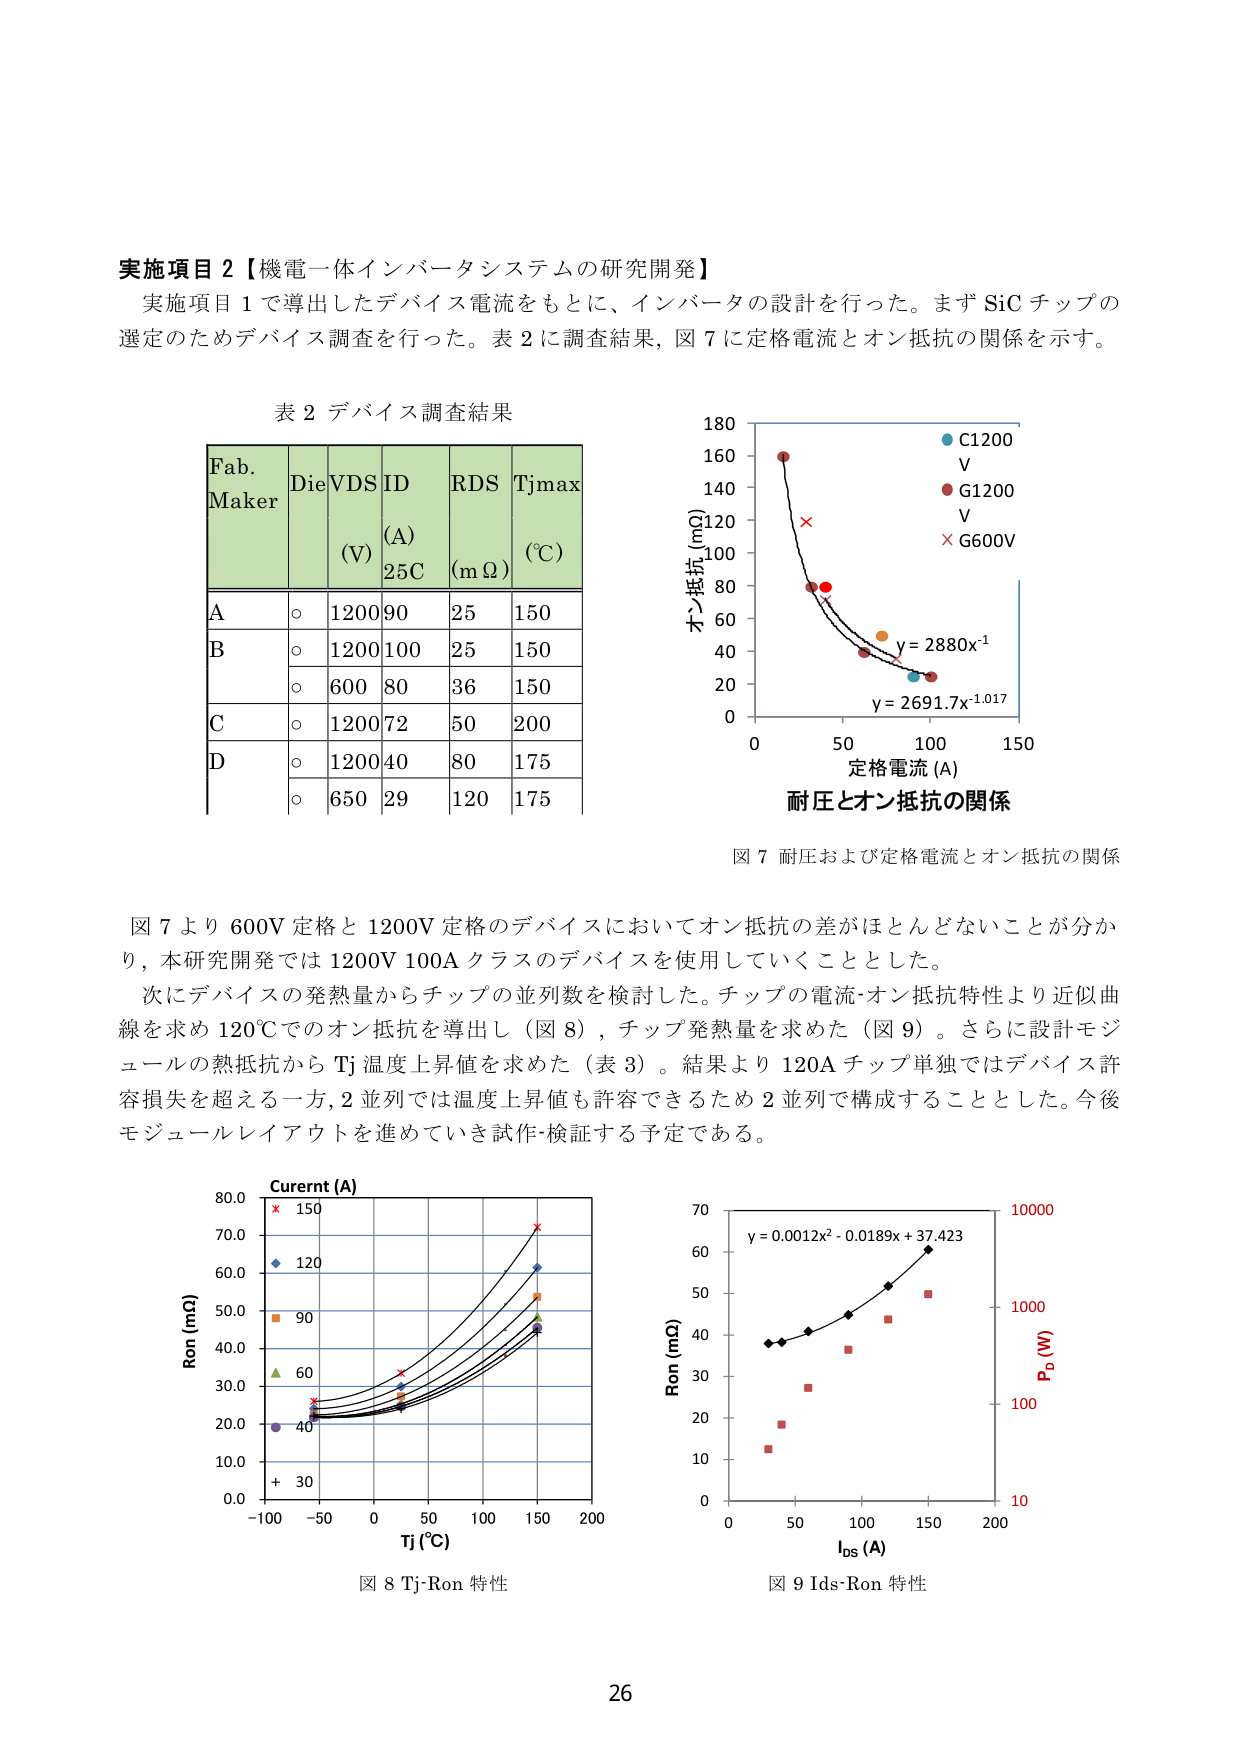
実施項目２【機電一体インバータシステムの研究開発】
実施項目１で導出したデバイス電流をもとに、インバータの設計を行った。まずSiCチップの選定のためデバイス調査を行った。表２に調査結果、図７に定格電流とオン抵抗の関係を示す。

表２ デバイス調査結果
Fab.
Maker
Die
VDS
(V)
ID
(A)
25C
RDS
(mΩ)
Tjmax
(℃)
A
○
1200
90
25
150
B
○
1200
100
25
150
○
600
80
36
150
C
○
1200
72
50
200
D
○
1200
40
80
175
○
650
29
120
175

図７ 耐圧および定格電流とオン抵抗の関係
180
160
140
120
100
80
60
40
20
0
オン抵抗(mΩ)
0
50
100
150
定格電流(A)
C1200
V
G1200
V
G600V
y = 2880x⁻¹
y = 2691.7x⁻¹.⁰¹⁷

図７より600V定格と1200V定格のデバイスにおいてオン抵抗の差がほとんどないことが分かり、本研究開発では1200V 100Aクラスのデバイスを使用していくこととした。
次にデバイスの発熱量からチップの並列数を検討した。チップの電流・オン抵抗特性より近似曲線を求め120℃でのオン抵抗を導出し（図８）、チップ発熱量を求めた（図９）。さらに設計モジュールの熱抵抗からTj温度上昇値を求めた（表３）。結果より120Aチップ単独ではデバイス許容損失を超える一方、2並列では温度上昇値も許容できるため2並列で構成することとした。今後モジュールレイアウトを進めていき試作・検証する予定である。

図８ Tj-Ron 特性
80.0
70.0
60.0
50.0
40.0
30.0
20.0
10.0
0.0
Ron (mΩ)
-100
-50
0
50
100
150
200
Tj (℃)
Current (A)
× 150
◇ 120
■ 90
▲ 60
● 40
+ 30

図９ Ids-Ron 特性
70
60
50
40
30
20
10
0
Ron (mΩ)
0
50
100
150
200
Ids (A)
y = 0.0012x² - 0.0189x + 37.423
10000
1000
100
10
Pd (W)

26